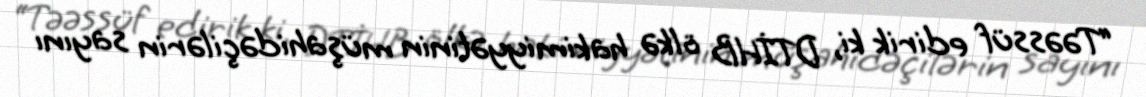
“Təəssüf edirik ki, DTİHB ölkə hakimiyyətinin müşahidəçilərin sayını